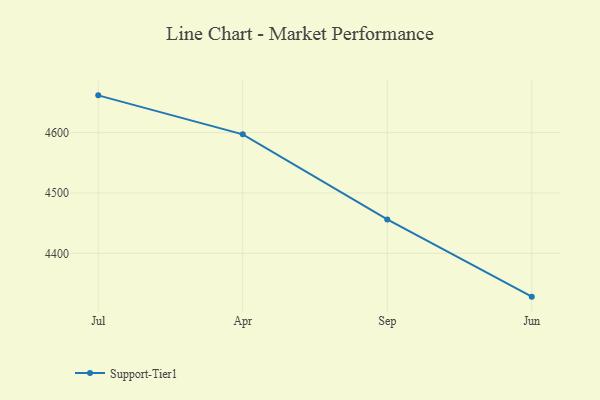
{"axis": {"x": "Month", "y": "Inventory Turnover"}, "legend": ["Support-Tier1"], "data": [{"x": "Jul", "y": 4661.6, "type": "Support-Tier1"}, {"x": "Apr", "y": 4597.0, "type": "Support-Tier1"}, {"x": "Sep", "y": 4456.2, "type": "Support-Tier1"}, {"x": "Jun", "y": 4328.3, "type": "Support-Tier1"}]}